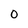
Character: 0